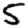
Digit: 5